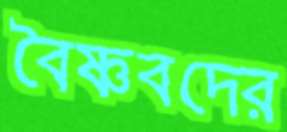
বৈষ্ণবদের